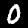
Digit: 0